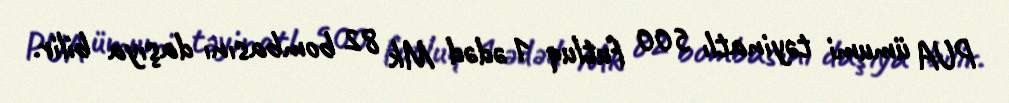
PUA ümumi təyinatlı 500 futluq 1 ədəd Mk 82 bombasını daşıya bilir.